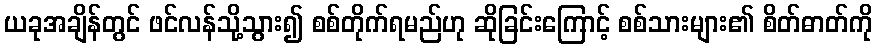
ယခုအချိန်တွင် ဖင်လန်သို့သွား၍ စစ်တိုက်ရမည်ဟု ဆိုခြင်းကြောင့် စစ်သားများ၏ စိတ်ဓာတ်ကို